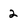
Character: 2